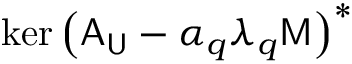
\mathrm { k e r } \left( \mathsf { A } _ { \mathsf { U } } - \alpha _ { q } \lambda _ { q } \mathsf { M } \right) ^ { * }